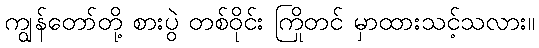
ကျွန်တော်တို့ စားပွဲ တစ်ဝိုင်း ကြိုတင် မှာထားသင့်သလား။